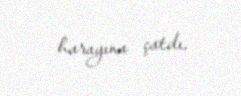
harayına çatdı.